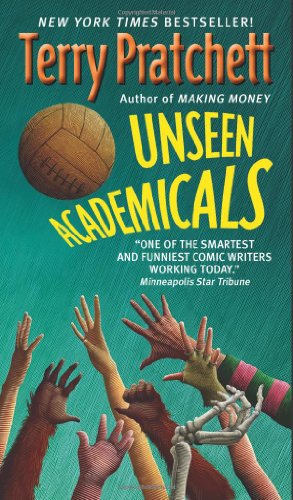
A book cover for Unseen Academicals (Discworld); Terry Pratchett; Science Fiction & Fantasy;